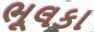
ભૂલકા